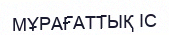
МҰРАҒАТТЫҚ ІС